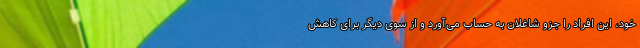
خود، این افراد را جزو شاغلان به حساب می‌آورد و از سوی دیگر برای کاهش